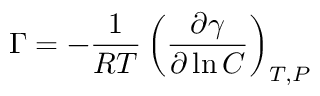
\Gamma = - { \frac { 1 } { R T } } \left( { \frac { \partial \gamma } { \partial \ln C } } \right) _ { T , P }